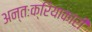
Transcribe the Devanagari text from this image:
अन्तःक्रियाकारी